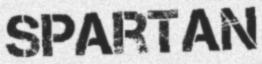
SPARTAN